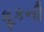
કૂકની